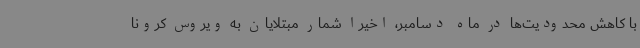
با کاهش محدودیت‌ها در ماه دسامبر، اخیرا شمار مبتلایان به ویروس کرونا